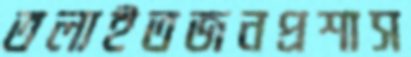
তলাইতজনপ্রশাস